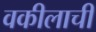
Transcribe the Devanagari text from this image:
वकीलाची